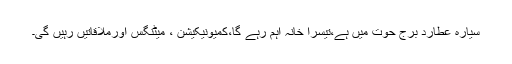
سیارہ عطارد برج حوت میں ہے،تیسرا خانہ اہم رہے گا،کمیونیکیشن ، میٹنگس اورملاقاتیں رہیں گی۔